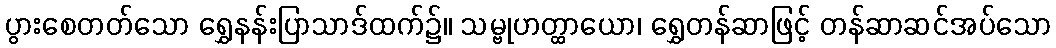
ပွားစေတတ်သော ရွှေနန်းပြာသာဒ်ထက်၌။ သမ္ဗုဟတ္ထာယော၊ ရွှေတန်ဆာဖြင့် တန်ဆာဆင်အပ်သော